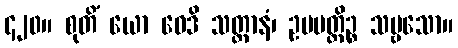
၄၂၀။ စုတိံ ယော ဝေဒိ သတ္တာနံ၊ ဥပပတ္တိဉ္စ သဗ္ဗသော။